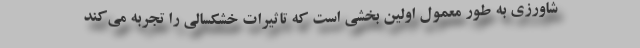
شاورزی به طور معمول اولین بخشی است که تاثیرات خشکسالی را تجربه می‌کند